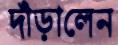
দাঁড়ালেন